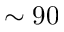
\sim 9 0